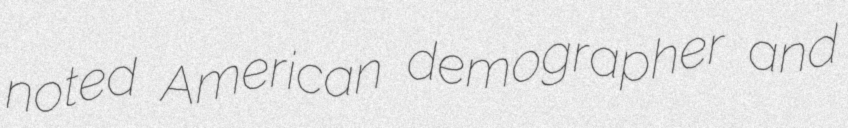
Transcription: noted American demographer and